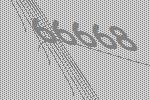
66668